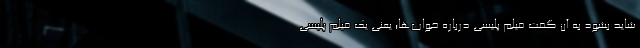
شاید بشود به آن گفت فیلم پلیسی درباره خواب‌ها؛ یعنی یک فیلم پلیسی